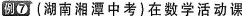
例⑦(湖南湘潭中考)在数学活动课